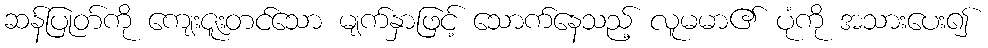
ဆန်ပြုတ်ကို ကျေးဇူးတင်သော မျက်နှာဖြင့် သောက်နေသည့် လူမမာ၏ ပုံကို အသားပေး၍